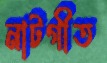
নাটগীত